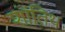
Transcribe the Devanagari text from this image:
शांतिथ